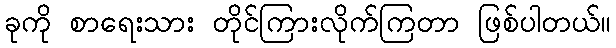
ခုကို စာရေးသား တိုင်ကြားလိုက်ကြတာ ဖြစ်ပါတယ်။